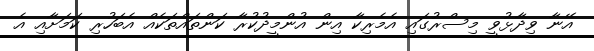
އޭނާ ވިދާޅުވީ މިސްރުގައި އެމެރިކާ އިން އުންމީދުކުރާ ކަންތައްތަކެއް އެބަހުރި ކަމަށާއި އެ